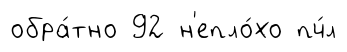
обра́тно 92 н'епло́хо пч́л